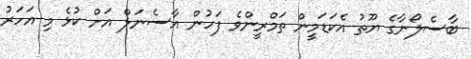
ބާސެލޯނާގެ ޔޫތު އެކަޑަމީން ތަމްރީންވެ ފަހުން އާސެނަލް އަށް ކުޅެ މި އަހަރު